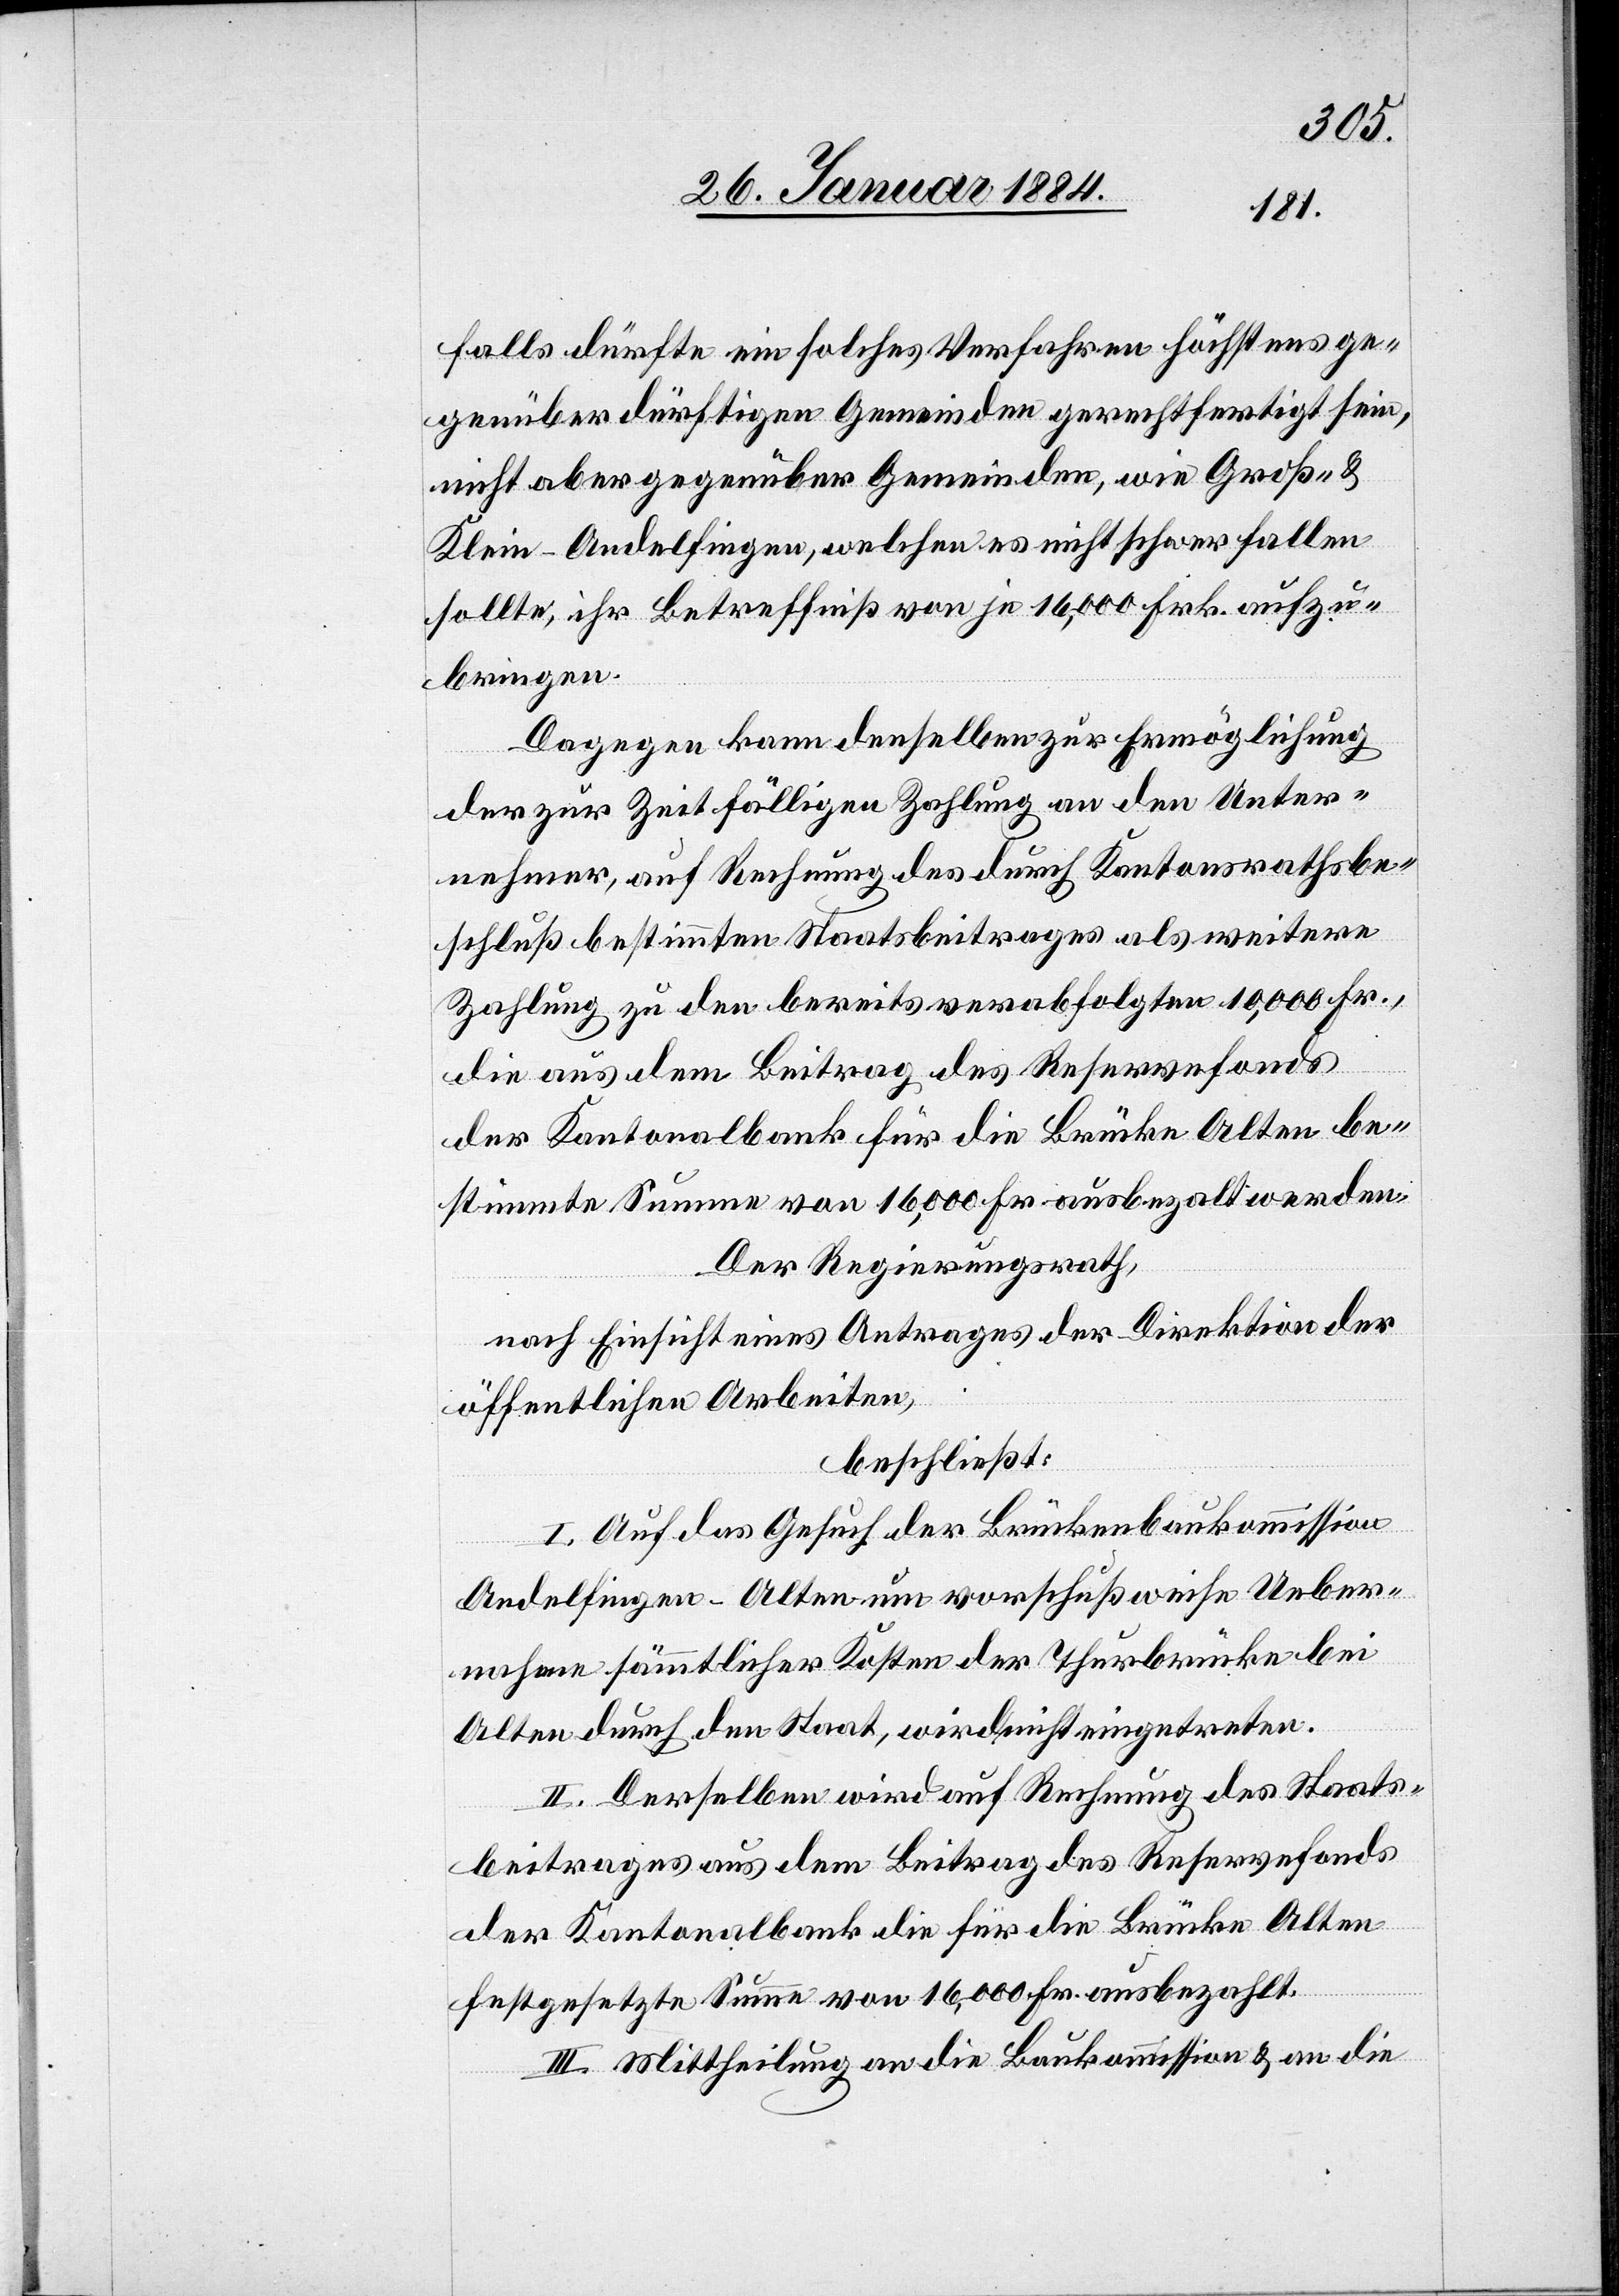
falls dürfte ein solches Verfahren höchstens ge¬
genüber dürftigen Gemeinden gerechtfertigt sein,
nicht aber gegenüber Gemeinden, wie Groß- &
Klein-Andelfingen, welchen es nicht schwer fallen
sollte, ihr Betreffniß von je 16,000 Frk. aufzu¬
bringen.
Dagegen kann denselben zur Ermöglichung
der zur Zeit fälligen Zahlung an den Unter¬
nehmer, auf Rechnung des durch Kantonsrathsbe¬
schluß bestimmten Staatsbeitrages als weitere
Zahlung zu den bereits verabfolgten 10,000 Fr.,
die aus dem Beitrag des Reservefondes
der Kantonalbank für die Brücke Alten be¬
stimmte Summe von 16,000 Fr. ausbezahlt werden.
Der Regierungsrath,
nach Einsicht eines Antrages der Direktion der
öffentlichen Arbeiten,
beschließt:
I. Auf das Gesuch der Brückenbaukommission
Andelfingen - Alten um vorschußweise Ueber¬
nahme sämmtlicher Kosten der Thurbrücke bei
Alten durch den Staat, wird nicht eingetreten.
II. Derselben wird auf Rechnung des Staats¬
beitrages aus dem Beitrag des Reservefondes
der Kantonalbank die für die Brücke Alten
festgesetzte Summe von 16,000 Fr. ausbezahlt.
III. Mittheilung an die Baukommission & an die